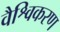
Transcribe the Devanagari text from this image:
वैश्विकरण